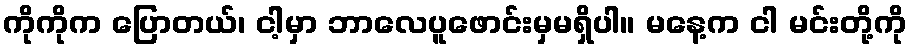
ကိုကိုက ပြောတယ်၊ ငါ့မှာ ဘာလေပူဖောင်းမှမရှိပါ။ မနေ့က ငါ မင်းတို့ကို